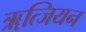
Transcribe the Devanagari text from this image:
ॠत्जियन